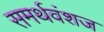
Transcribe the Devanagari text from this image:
समर्थवंशज